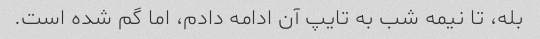
بله، تا نیمه شب به تایپ آن ادامه دادم، اما گم شده است.